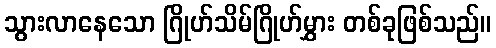
သွားလာနေသော ဂြိုဟ်သိမ်ဂြိုဟ်မွှား တစ်ခုဖြစ်သည်။